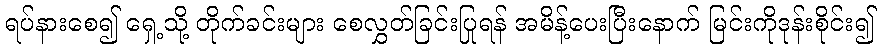
ရပ်နားစေ၍ ရှေ့သို့ တိုက်ခင်းများ စေလွှတ်ခြင်းပြုရန် အမိန့်ပေးပြီးနောက် မြင်းကိုဒုန်းစိုင်း၍